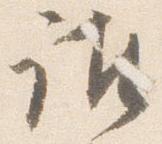
誰